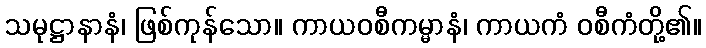
သမုဋ္ဌာနာနံ၊ ဖြစ်ကုန်သော။ ကာယဝစီကမ္မာနံ၊ ကာယကံ ဝစီကံတို့၏။